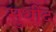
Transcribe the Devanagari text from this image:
सुधींद